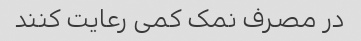
در مصرف نمک کمی رعایت کنند